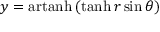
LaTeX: y = \operatorname { a r t a n h } \, ( \operatorname { t a n h } r \sin \theta )